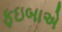
ફઇબાએ